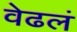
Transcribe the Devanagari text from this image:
वेढलं